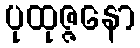
ပုထုဇ္ဇနော